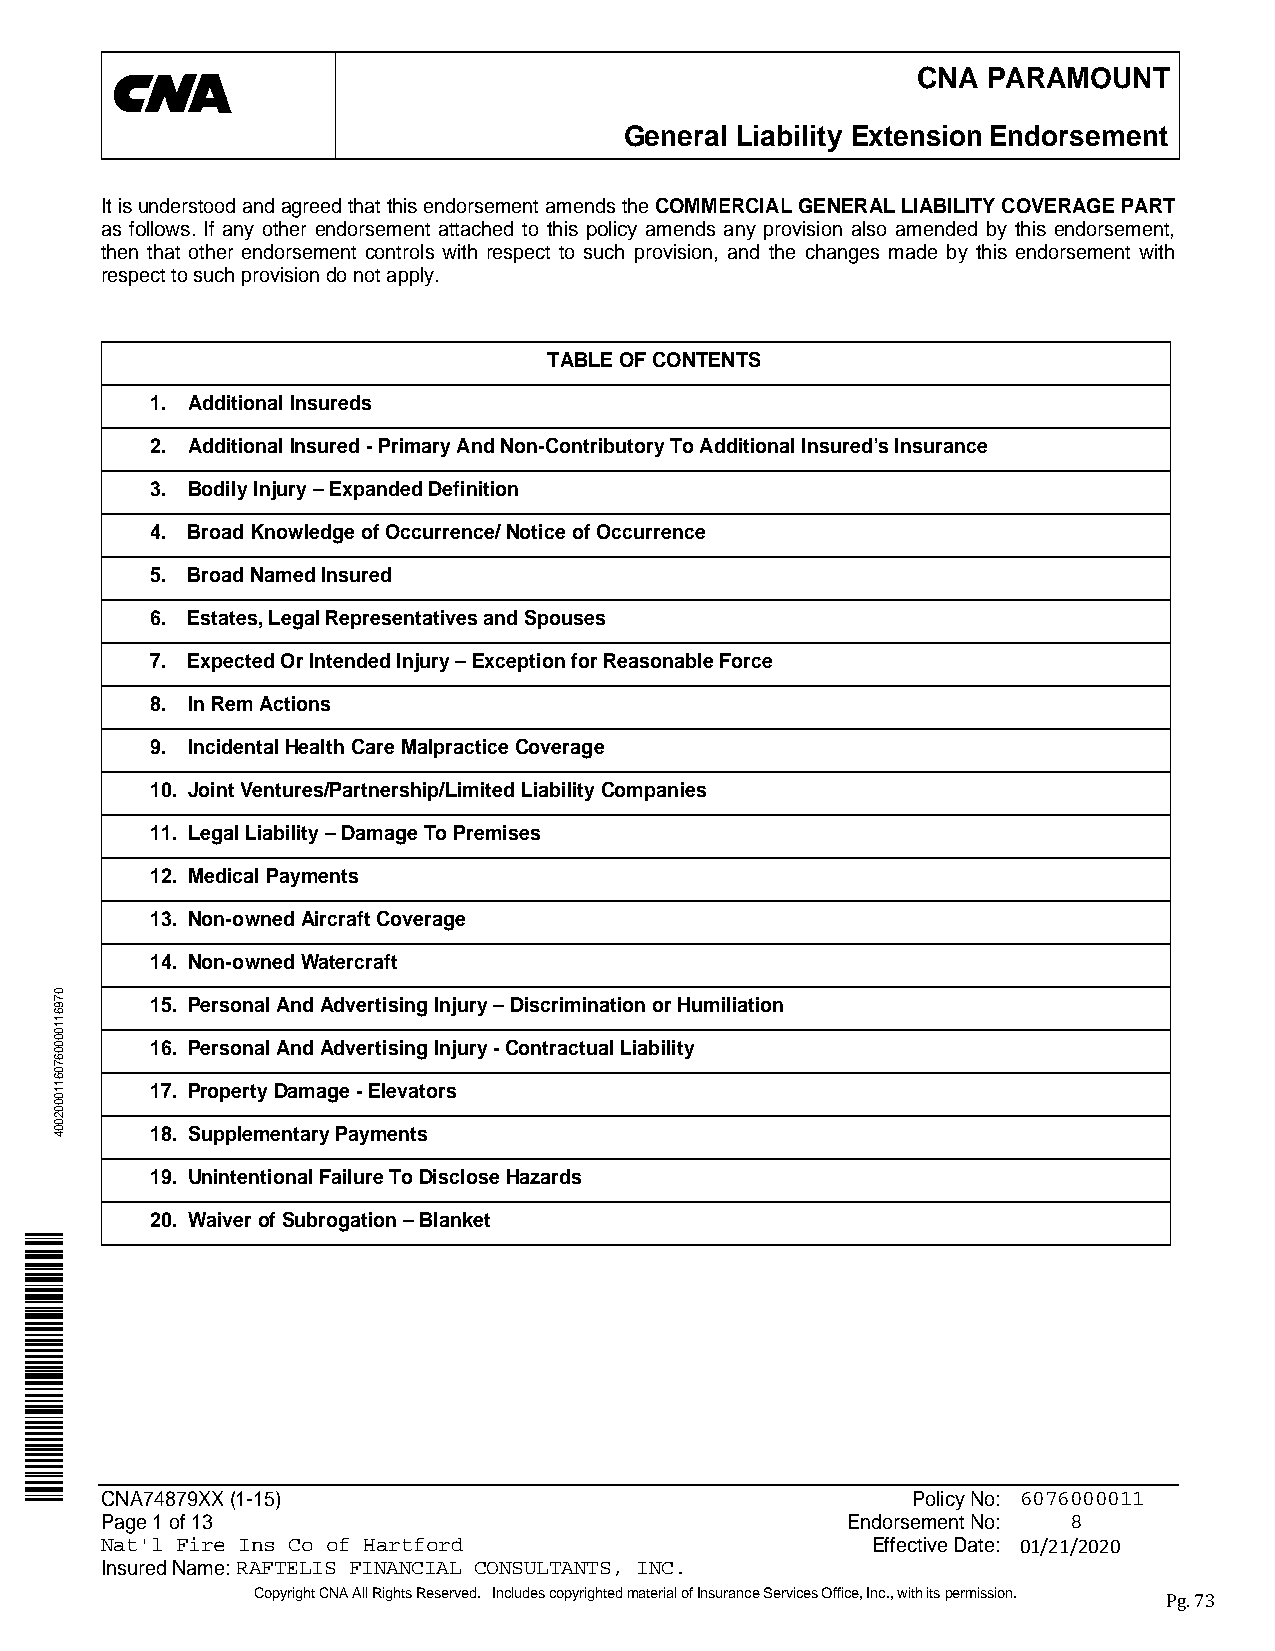
CNA PARAMOUNT
 General Liability ExtensionEndorsement
 ItisunderstoodandagreedthatthisendorsementamendstheCOMMERCIALGENERALLIABILITYCOVERAGEPART
 as follows. If any other endorsement attached to this policy amends any provision also amended by this endorsement,
 then that other endorsement controls with respect to such provision, and the changes made by this endorsement with
 respecttosuchprovisiondonotapply.
 TABLEOFCONTENTS
 1. AdditionalInsureds
 2. AdditionalInsured-PrimaryAndNon-ContributoryToAdditionalInsured’sInsurance
 3. BodilyInjury–ExpandedDefinition
 4. BroadKnowledgeofOccurrence/NoticeofOccurrence
 5. BroadNamedInsured
 6. Estates,LegalRepresentativesandSpouses
 7. ExpectedOrIntendedInjury–ExceptionforReasonableForce
 8. InRemActions
 9. IncidentalHealthCareMalpracticeCoverage
 10. JointVentures/Partnership/LimitedLiabilityCompanies
 11. LegalLiability–DamageToPremises
 12. MedicalPayments
 13. Non-ownedAircraftCoverage
 14. Non-ownedWatercraft
 15. PersonalAndAdvertisingInjury–DiscriminationorHumiliation
 16. PersonalAndAdvertisingInjury-ContractualLiability
 17. PropertyDamage-Elevators
 18. SupplementaryPayments
 19. UnintentionalFailureToDiscloseHazards
 20. WaiverofSubrogation–Blanket
 CNA74879XX(1-15)                                     PolicyNo: 6076000011
 Page1of13                                        EndorsementNo: 8
 Nat'l Fire Ins Co of Hartford                      EffectiveDate:
 InsuredName:RAFTELIS FINANCIAL CONSULTANTS, INC.
 CopyrightCNAAllRightsReserved. IncludescopyrightedmaterialofInsuranceServicesOffice,Inc.,withitspermission.
 Pg. 73
 07961100006706110002004